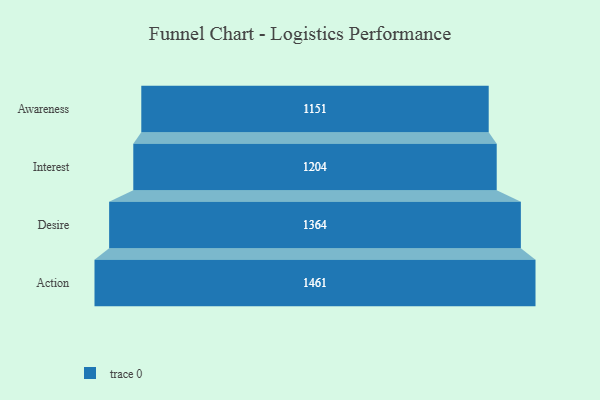
{"axis": {"x": "Stage", "y": "Value"}, "legend": [""], "data": [{"x": "Awareness", "y": 1151.0, "type": ""}, {"x": "Interest", "y": 1204.0, "type": ""}, {"x": "Desire", "y": 1364.0, "type": ""}, {"x": "Action", "y": 1461.0, "type": ""}]}